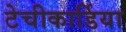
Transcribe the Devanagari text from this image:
टेचीकार्डिया